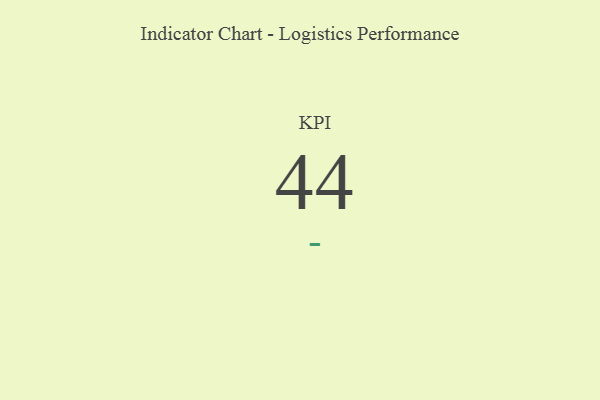
{"axis": {"x": "KPI", "y": "Value"}, "legend": [""], "data": [{"x": "KPI", "y": 44, "type": ""}]}